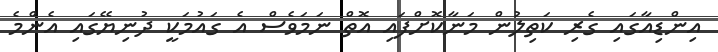
އިންޑިއާގައި ގެރި ކަތިލުން މަނާކޮށްފައި އޮތް ނަމަވެސް އެ ގައުމަކީ ދުނިޔޭގައި އެންމެ